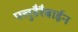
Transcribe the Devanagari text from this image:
फ्लुडैरैबाईन